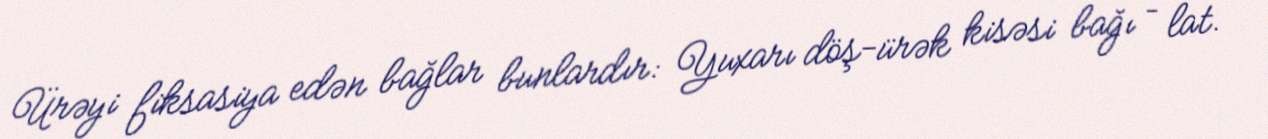
Ürəyi fiksasiya edən bağlar bunlardır: Yuxarı döş-ürək kisəsi bağı – lat.